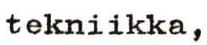
tekniikka,